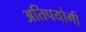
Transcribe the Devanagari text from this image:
अतिपयोगी